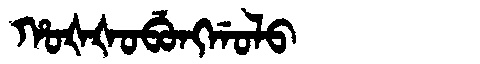
Manchu: ᡥᠣᡧᡧᠣᠪᡠᠩᡤᠣᠯᠣ
Romanization: HOŠŠOBUNGGOLO